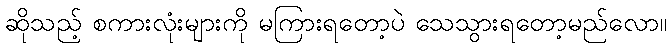
ဆိုသည့် စကားလုံးများကို မကြားရတော့ပဲ သေသွားရတော့မည်လော။